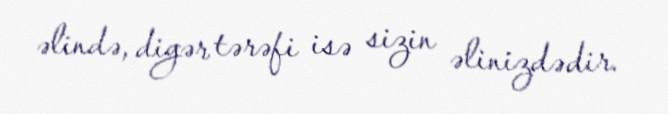
əlində, digər tərəfi isə sizin əlinizdədir.